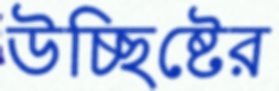
উচ্ছিষ্টের